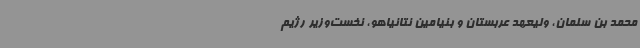
محمد بن سلمان، ولیعهد عربستان و بنیامین نتانیاهو، نخست‌وزیر رژیم